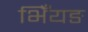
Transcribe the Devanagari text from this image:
भिँयङ